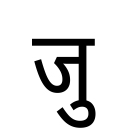
OCR:
जु